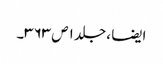
ایضا ، جلد ۱ ص ۳۶۳۔